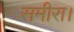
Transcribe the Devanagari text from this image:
समीरा।